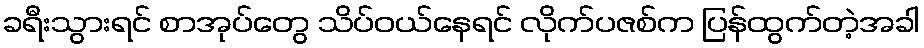
ခရီးသွားရင် စာအုပ်တွေ သိပ်ဝယ်နေရင် လိုက်ပဇစ်က ပြန်ထွက်တဲ့အခါ